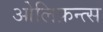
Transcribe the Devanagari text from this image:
ओलिफ़न्त्स